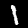
Digit: 1